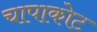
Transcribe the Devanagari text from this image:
चापाकोट